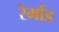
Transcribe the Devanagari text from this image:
रेमोंड